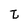
Character: t